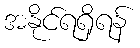
အနိုင်ရရှိရန်